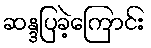
ဆန္ဒပြခဲ့ကြောင်း